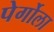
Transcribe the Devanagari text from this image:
पेर्गोला